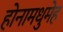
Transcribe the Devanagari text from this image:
होनामधुमेह